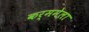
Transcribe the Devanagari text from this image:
कर्ममेला